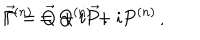
\Gamma ^ { ( n ) } = Q ^ { ( n ) } + i P ^ { ( n ) } \, , \hspace { 1 c m } \vec { \Gamma } = \vec { Q } + i \vec { P } \, .